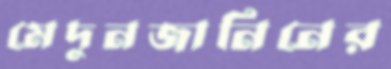
মেদুনজানিনের